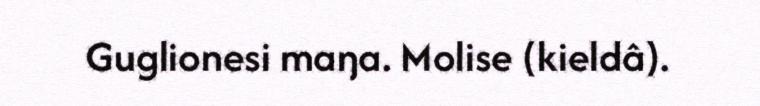
Guglionesi maŋa. Molise (kieldâ).